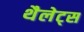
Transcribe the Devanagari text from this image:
थैलेट्स